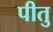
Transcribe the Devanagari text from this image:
पीतु